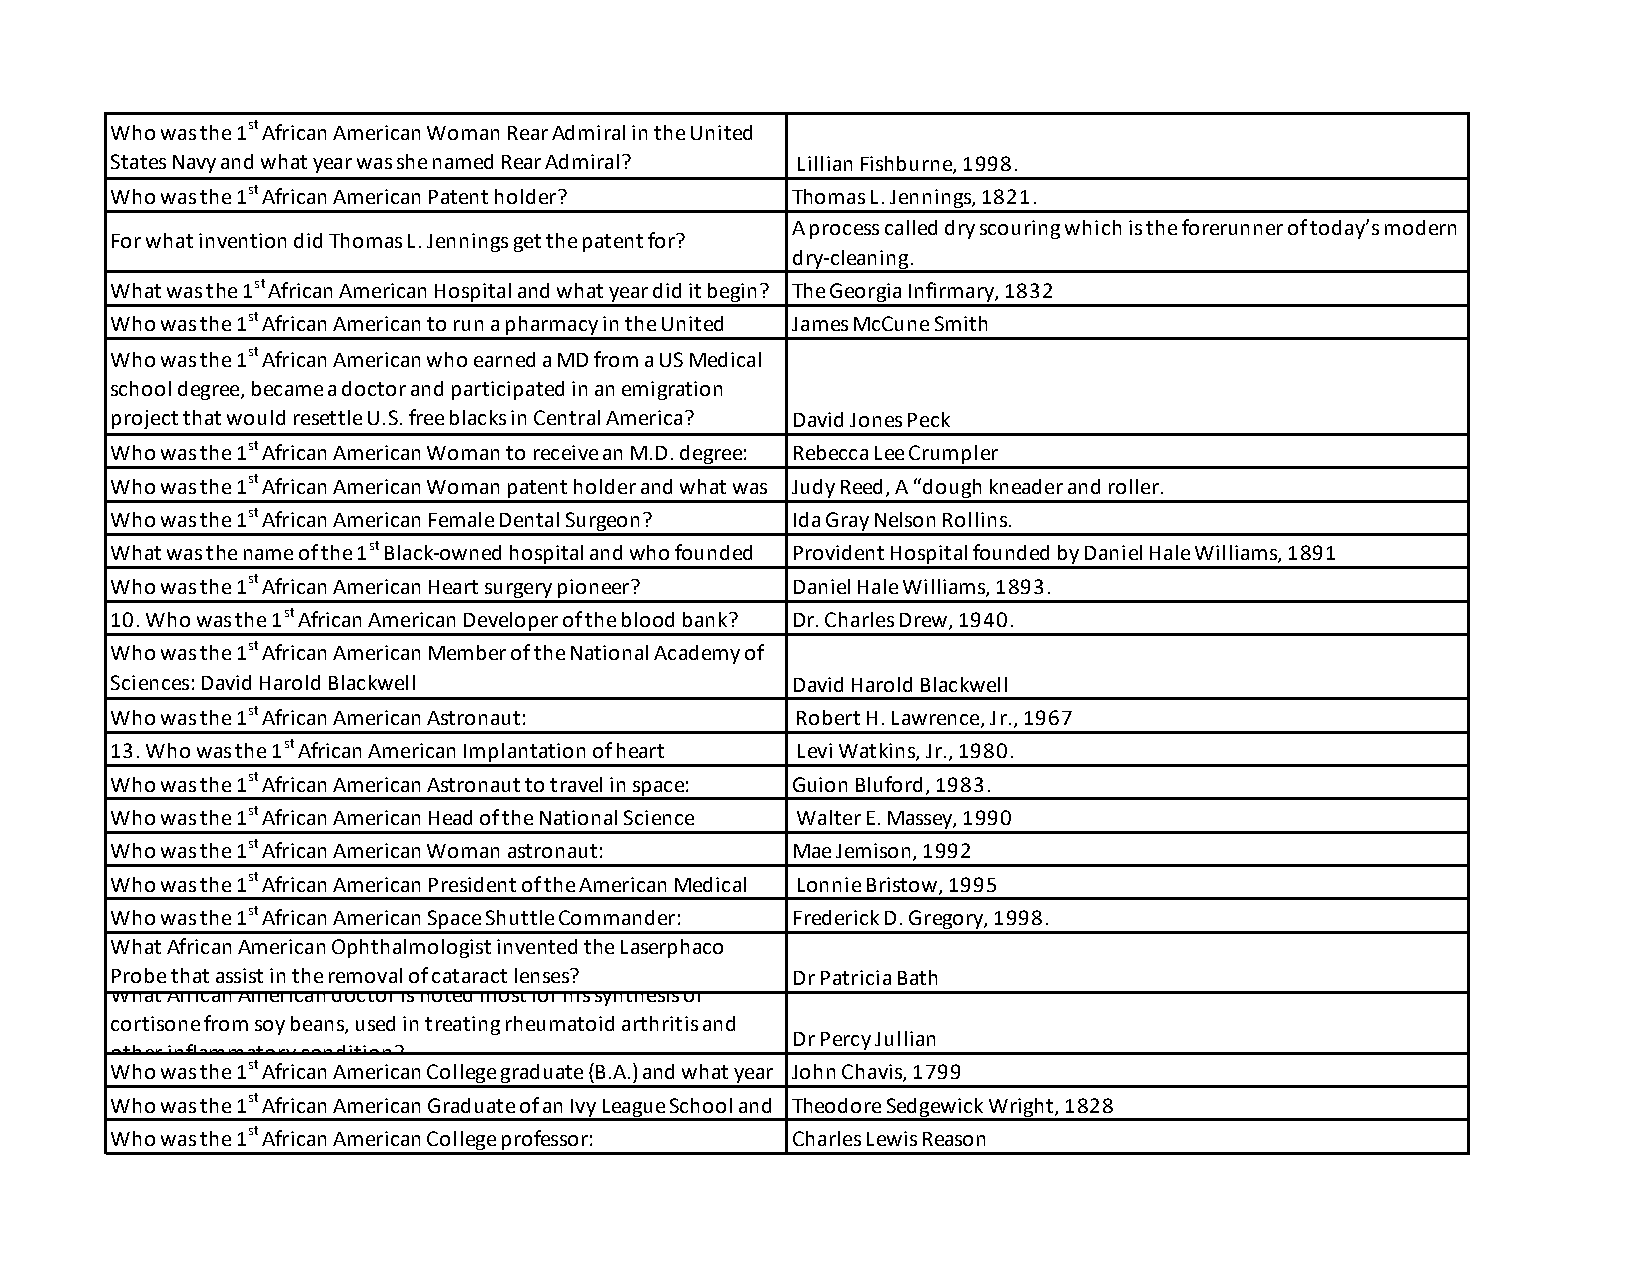
Who was the 1st African American Woman Rear Admiral in the United
 States Navy and what year was she named Rear Admiral? Lillian Fishburne, 1998.
 Who was the 1st African American Patent holder? Thomas L. Jennings, 1821.
 A process called dry scouring which is the forerunner of today’s modern
 For what invention did Thomas L. Jennings get the patent for?
 dry-cleaning.
 What was the 1st African American Hospital and what year did it begin? The Georgia Infirmary, 1832
 Who was the 1st African American to run a pharmacy in the United James McCune Smith
 Who was the 1st African American who earned a MD from a US Medical
 school degree, became a doctor and participated in an emigration
 project that would resettle U.S. free blacks in Central America? David Jones Peck
 Who was the 1st African American Woman to receive an M.D. degree: Rebecca Lee Crumpler
 Who was the 1st African American Woman patent holder and what was Judy Reed, A “dough kneader and roller.
 Who was the 1st African American Female Dental Surgeon? Ida Gray Nelson Rollins.
 What was the name of the 1st Black-owned hospital and who founded Provident Hospital founded by Daniel Hale Williams, 1891
 Who was the 1st African American Heart surgery pioneer? Daniel Hale Williams, 1893.
 10. Who was the 1st African American Developer of the blood bank? Dr. Charles Drew, 1940.
 Who was the 1st African American Member of the National Academy of
 Sciences: David Harold Blackwell             David Harold Blackwell
 Who was the 1st African American Astronaut:   Robert H. Lawrence, Jr., 1967
 13. Who was the 1st African American Implantation of heart Levi Watkins, Jr., 1980.
 Who was the 1st African American Astronaut to travel in space: Guion Bluford, 1983.
 Who was the 1st African American Head of the National Science Walter E. Massey, 1990
 Who was the 1st African American Woman astronaut: Mae Jemison, 1992
 Who was the 1st African American President of the American Medical Lonnie Bristow, 1995
 Who was the 1st African American Space Shuttle Commander: Frederick D. Gregory, 1998.
 What African American Ophthalmologist invented the Laserphaco
 Probe that assist in the removal of cataract lenses? Dr Patricia Bath
 What African American doctor is noted most for his synthesis of
 cortisone from soy beans, used in treating rheumatoid arthritis and
 Dr Percy Jullian
 other inflammatory condition?
 Who was the 1st African American College graduate (B.A.) and what year John Chavis, 1799
 Who was the 1st African American Graduate of an Ivy League School and Theodore Sedgewick Wright, 1828
 Who was the 1st African American College professor: Charles Lewis Reason